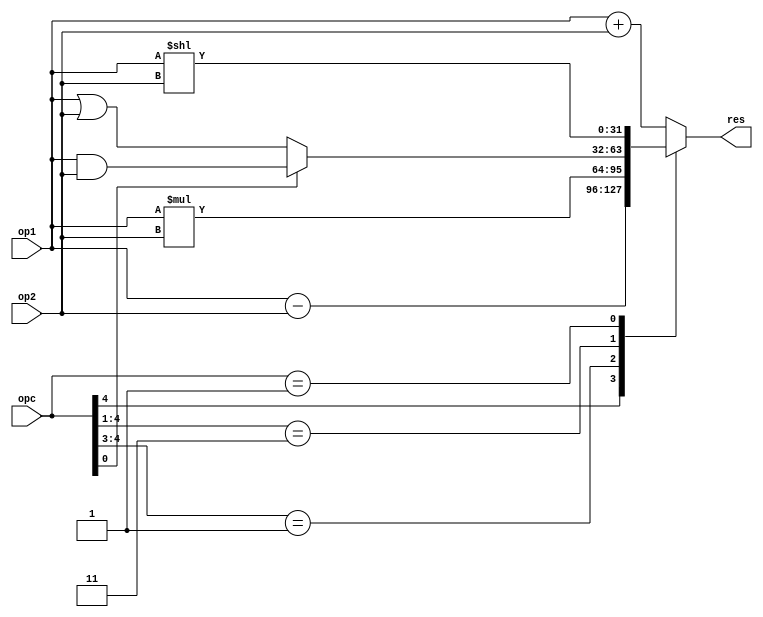
module alu(input [4:0] opc,
			  input [31:0] op1,
			  input [31:0] op2,
			  output reg [31:0] res);
			  
// leading 2 bits of opc are from f7
// remaining 3 bits of opc are from f3
			  
always @* begin
	casez(opc)
	5'b1????: res = op1-op2;
	5'b01???: res = op1*op2;
	5'b0011?: res = opc[0] ? op1 & op2 : op1 | op2;
	5'b00001: res = op1 << op2;
	default: res = op1 + op2;
	endcase
end  
			  
endmodule